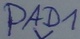
Text: PAD1